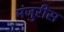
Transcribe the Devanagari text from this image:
मंजुरीस